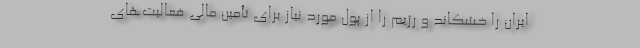
ایران را خشکاند و رژیم را از پول مورد نیاز برای تأمین مالی فعالیت‌های